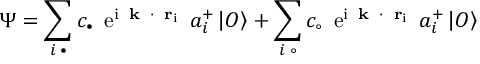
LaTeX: \Psi = \sum _ { i \; \bullet } c _ { \bullet } \mathrm { \Large ~ e ^ { i { \bf ~ k ~ \cdot ~ r } _ { i } } ~ } a _ { i } ^ { + } \left| O \right\rangle + \sum _ { i \; \circ } c _ { \circ } \mathrm { \Large ~ e ^ { i { \bf ~ k ~ \cdot ~ r } _ { i } } ~ } a _ { i } ^ { + } \left| O \right\rangle